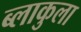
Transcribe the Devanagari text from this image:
ब्लाकुला